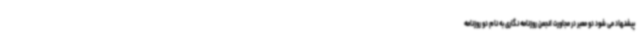
پیشنهاد می شود دو معبر در مجاورت انجمن روزنامه نگاری به نام دو روزنامه